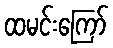
ထမင်းကြော်